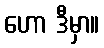
ဟော ဒီမှာ။